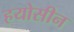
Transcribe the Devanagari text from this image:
हयोसीन